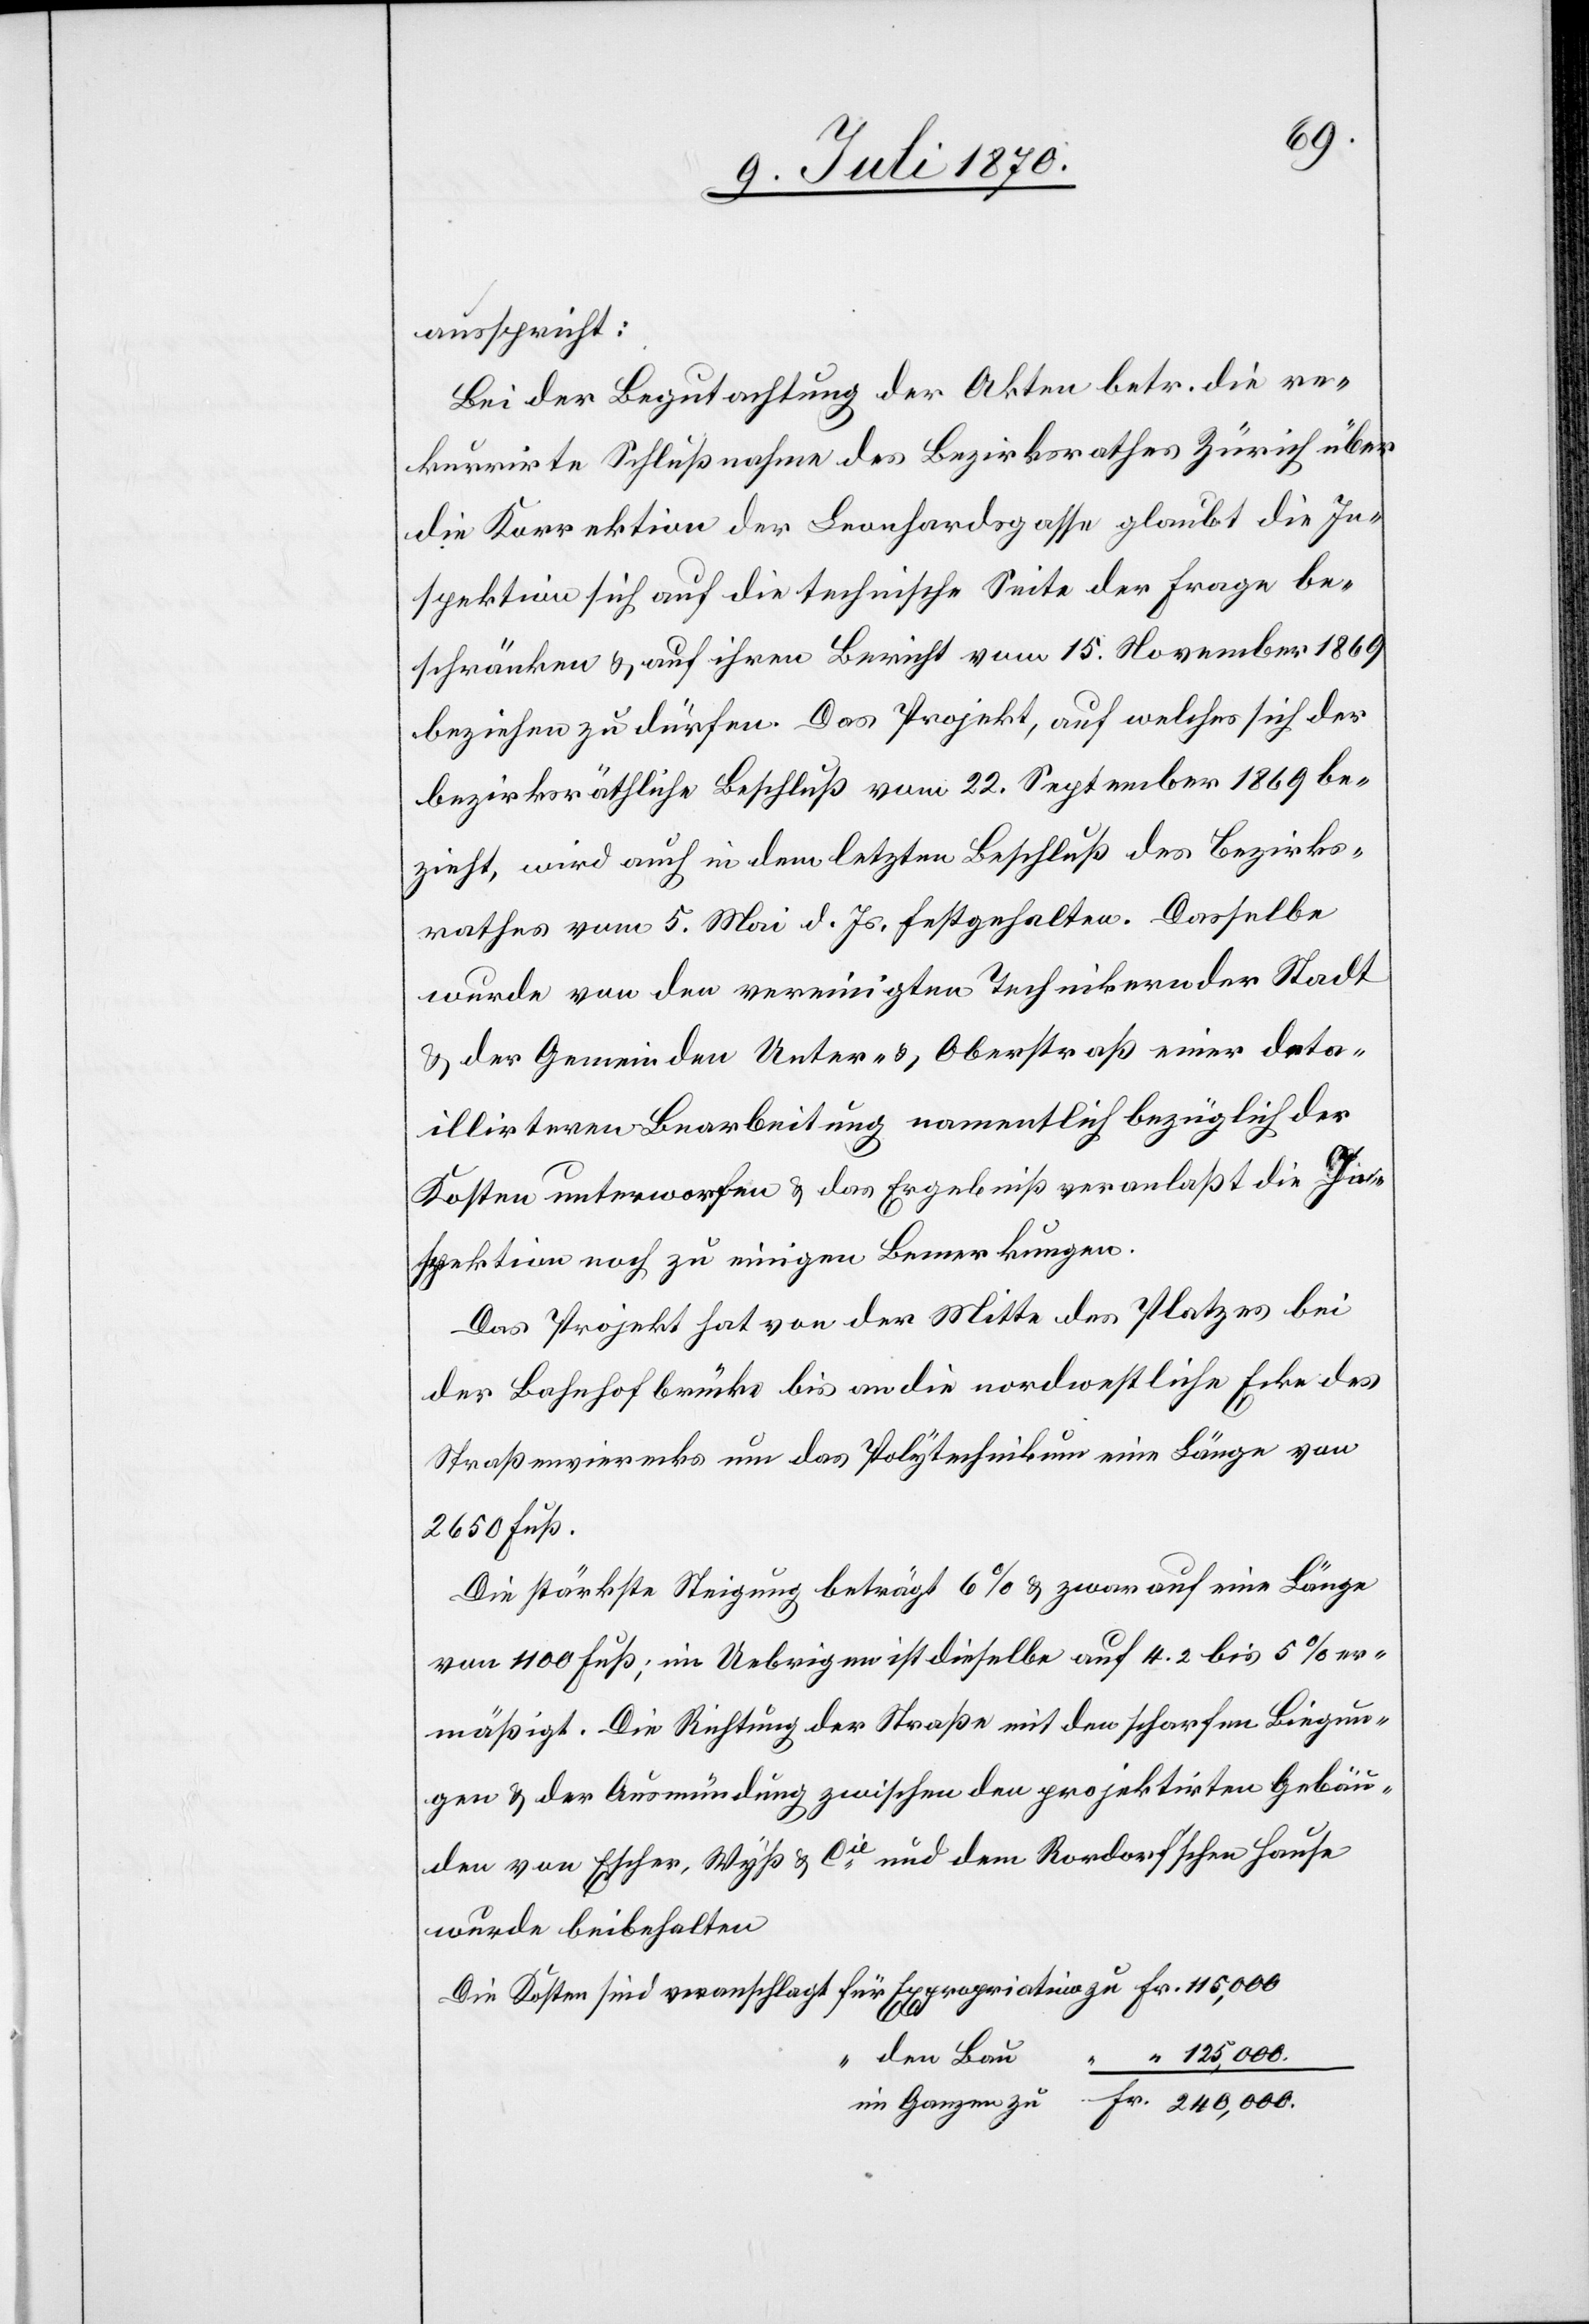
ausspricht:
Bei der Begutachtung der Akten betr. die re¬
kurrirte Schlußnahme des Bezirksrathes Zürich über
die Korrektion der Leonhardsgasse glaubt die In¬
spektion sich auf die technische Seite der Frage be¬
schränken & auf ihren Bericht vom 15. November 1869
beziehen zu dürfen. Das Projekt, auf welches sich der
bezirksräthliche Beschluß vom 22. September 1869 be¬
zieht, wird auch in dem letzten Beschluß des Bezirks¬
rathes vom 5. Mai d. Js. festgehalten. Dasselbe
wurde von den vereinigten Technikern der Stadt
& der Gemeinden Unter- & Oberstraß einer deta¬
illirten Bearbeitung namentlich bezüglich der
Kosten unterworfen & das Ergebniß veranlaßt die In¬
spektion noch zu einigen Bemerkungen.
Das Projekt hat von der Mitte des Platzes bei
der Bahnhofbrücke bis an die nordwestliche Ecke des
Straßenvierecks um das Polytechnikum eine Länge von
2650 Fuß.
Die stärkste Steigung beträgt 6% & zwar auf eine Länge
von 1100 Fuß; im Uebrigen ist dieselbe auf 4.2 bis 5% er¬
mäßigt. Die Richtung der Straße mit den scharfen Biegun¬
gen & der Ausmündung zwischen den projektirten Gebäu¬
den von Escher, Wyß & Cie und dem Rordorf’schen Hause
würde beibehalten.
den Bau
125,000.
Fr.